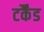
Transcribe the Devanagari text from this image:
टर्कैंड